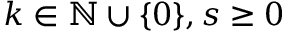
k \in \mathbb { N } \cup \{ 0 \} , s \geq 0